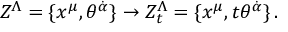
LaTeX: Z ^ { \Lambda } = \{ x ^ { \mu } , \theta ^ { \dot { \alpha } } \} \rightarrow Z _ { t } ^ { \Lambda } = \{ x ^ { \mu } , t \theta ^ { \dot { \alpha } } \} \, .